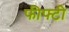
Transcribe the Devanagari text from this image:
फीफ्टी